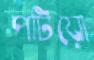
পটিয়ো